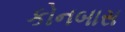
કોનબાસ